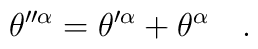
\theta''^\alpha = \theta'^\alpha + \theta^\alpha\quad.